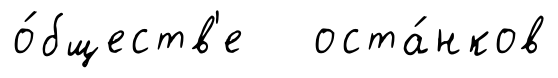
о́бществ'е оста́нков